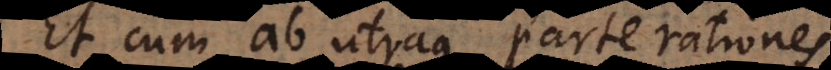
Et cum ab utraque parte rationes